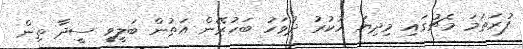
ފުރަތަމަ މެޗުގައި މިދިޔަ ހުކުރު ދުވަހު ބަހުރޭން އަތުން ބަލީވީ ސީދާ ތިން